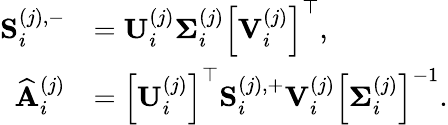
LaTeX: \begin{array}{rl}{\mathbf{S}_{i}^{(j),-}}&{=\mathbf{U}_{i}^{(j)}\mathbf{\Sigma}_{i}^{(j)}\left[\mathbf{V}_{i}^{(j)}\right]^{\top},}\\ {\widehat{\mathbf{A}}_{i}^{(j)}}&{=\left[\mathbf{U}_{i}^{(j)}\right]^{\top}\mathbf{S}_{i}^{(j),+}\mathbf{V}_{i}^{(j)}\left[\mathbf{\Sigma}_{i}^{(j)}\right]^{-1}.}\end{array}